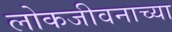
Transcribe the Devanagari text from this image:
लोकजीवनाच्या